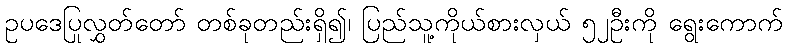
ဥပဒေပြုလွှတ်တော် တစ်ခုတည်းရှိ၍၊ ပြည်သူ့ကိုယ်စားလှယ် ၅၂ဦးကို ရွေးကောက်